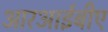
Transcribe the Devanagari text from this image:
आरआईबीए